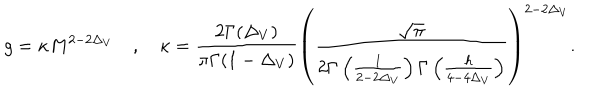
LaTeX: g = \kappa M ^ { 2 - 2 \Delta _ { V } } \quad , \quad \kappa = \frac { 2 \Gamma ( \Delta _ { V } ) } { \pi \Gamma ( 1 - \Delta _ { V } ) } \left( \frac { \sqrt { \pi } } { 2 \Gamma \left( \frac { 1 } { 2 - 2 \Delta _ { V } } \right) \Gamma \left( \frac { h } { 4 - 4 \Delta _ { V } } \right) } \right) ^ { 2 - 2 \Delta _ { V } } .